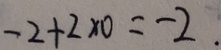
- 2 + 2 \times 0 = - 2 .